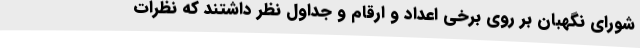
شورای نگهبان بر روی برخی اعداد و ارقام و جداول نظر داشتند که نظرات